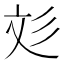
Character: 彣